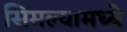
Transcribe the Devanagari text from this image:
सिमल्यामध्ये